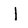
Character: l